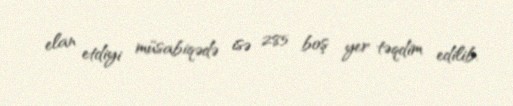
elan etdiyi müsabiqədə isə 285 boş yer təqdim edilib.